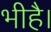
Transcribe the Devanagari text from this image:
भीहै।